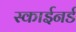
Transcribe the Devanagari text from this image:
स्काईनर्ड